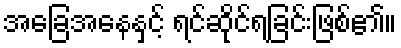
အခြေအနေနှင့် ရင်ဆိုင်ရခြင်းဖြစ်၏။